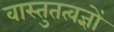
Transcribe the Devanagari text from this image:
वास्तुतत्वज्ञों